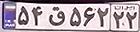
۵۴ق۵۶۲۲۲